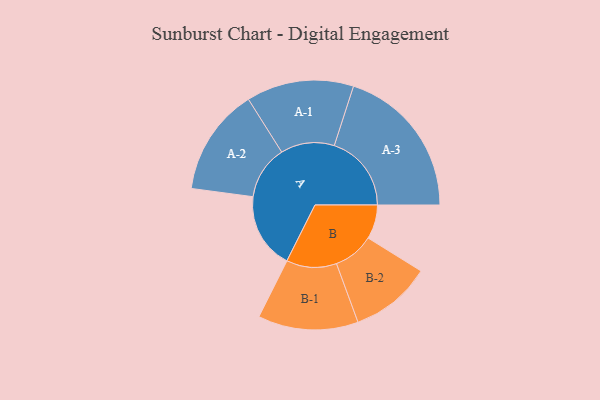
{"axis": {"x": "Segment", "y": "Value"}, "legend": ["", "A", "B"], "data": [{"x": "A", "y": 256, "type": ""}, {"x": "B", "y": 115, "type": ""}, {"x": "A-1", "y": 181, "type": "A"}, {"x": "A-2", "y": 181, "type": "A"}, {"x": "A-3", "y": 260, "type": "A"}, {"x": "B-1", "y": 169, "type": "B"}, {"x": "B-2", "y": 137, "type": "B"}]}